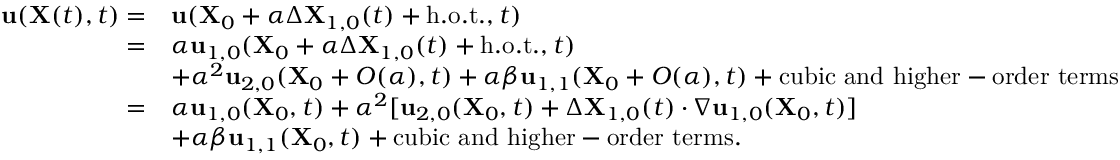
\begin{array} { r l } { \mathbf { u } ( \mathbf { X } ( t ) , t ) = } & { \mathbf { u } ( \mathbf { X } _ { 0 } + \alpha \Delta \mathbf { X } _ { 1 , 0 } ( t ) + \mathrm { h . o . t . } , t ) } \\ { = } & { \alpha \mathbf { u } _ { 1 , 0 } ( \mathbf { X } _ { 0 } + \alpha \Delta \mathbf { X } _ { 1 , 0 } ( t ) + \mathrm { h . o . t . } , t ) } \\ & { + \alpha ^ { 2 } \mathbf { u } _ { 2 , 0 } ( \mathbf { X } _ { 0 } + O ( \alpha ) , t ) + \alpha \beta \mathbf { u } _ { 1 , 1 } ( \mathbf { X } _ { 0 } + O ( \alpha ) , t ) + \mathrm { c u b i c ~ a n d ~ h i g h e r - o r d e r ~ t e r m s } } \\ { = } & { \alpha \mathbf { u } _ { 1 , 0 } ( \mathbf { X } _ { 0 } , t ) + \alpha ^ { 2 } [ \mathbf { u } _ { 2 , 0 } ( \mathbf { X } _ { 0 } , t ) + \Delta \mathbf { X } _ { 1 , 0 } ( t ) \cdot \nabla \mathbf { u } _ { 1 , 0 } ( \mathbf { X } _ { 0 } , t ) ] } \\ & { + \alpha \beta \mathbf { u } _ { 1 , 1 } ( \mathbf { X } _ { 0 } , t ) + \mathrm { c u b i c ~ a n d ~ h i g h e r - o r d e r ~ t e r m s } . } \end{array}